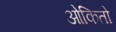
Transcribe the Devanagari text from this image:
ओकितो